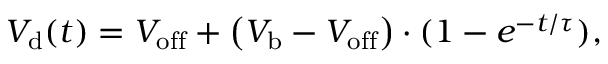
V _ { \mathrm { d } } ( t ) = V _ { \mathrm { o f f } } + \left( V _ { \mathrm { b } } - V _ { \mathrm { o f f } } \right) \cdot ( 1 - e ^ { - { t } / { \tau } } ) ,